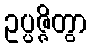
ဥပ္ပဇ္ဇိတွာ